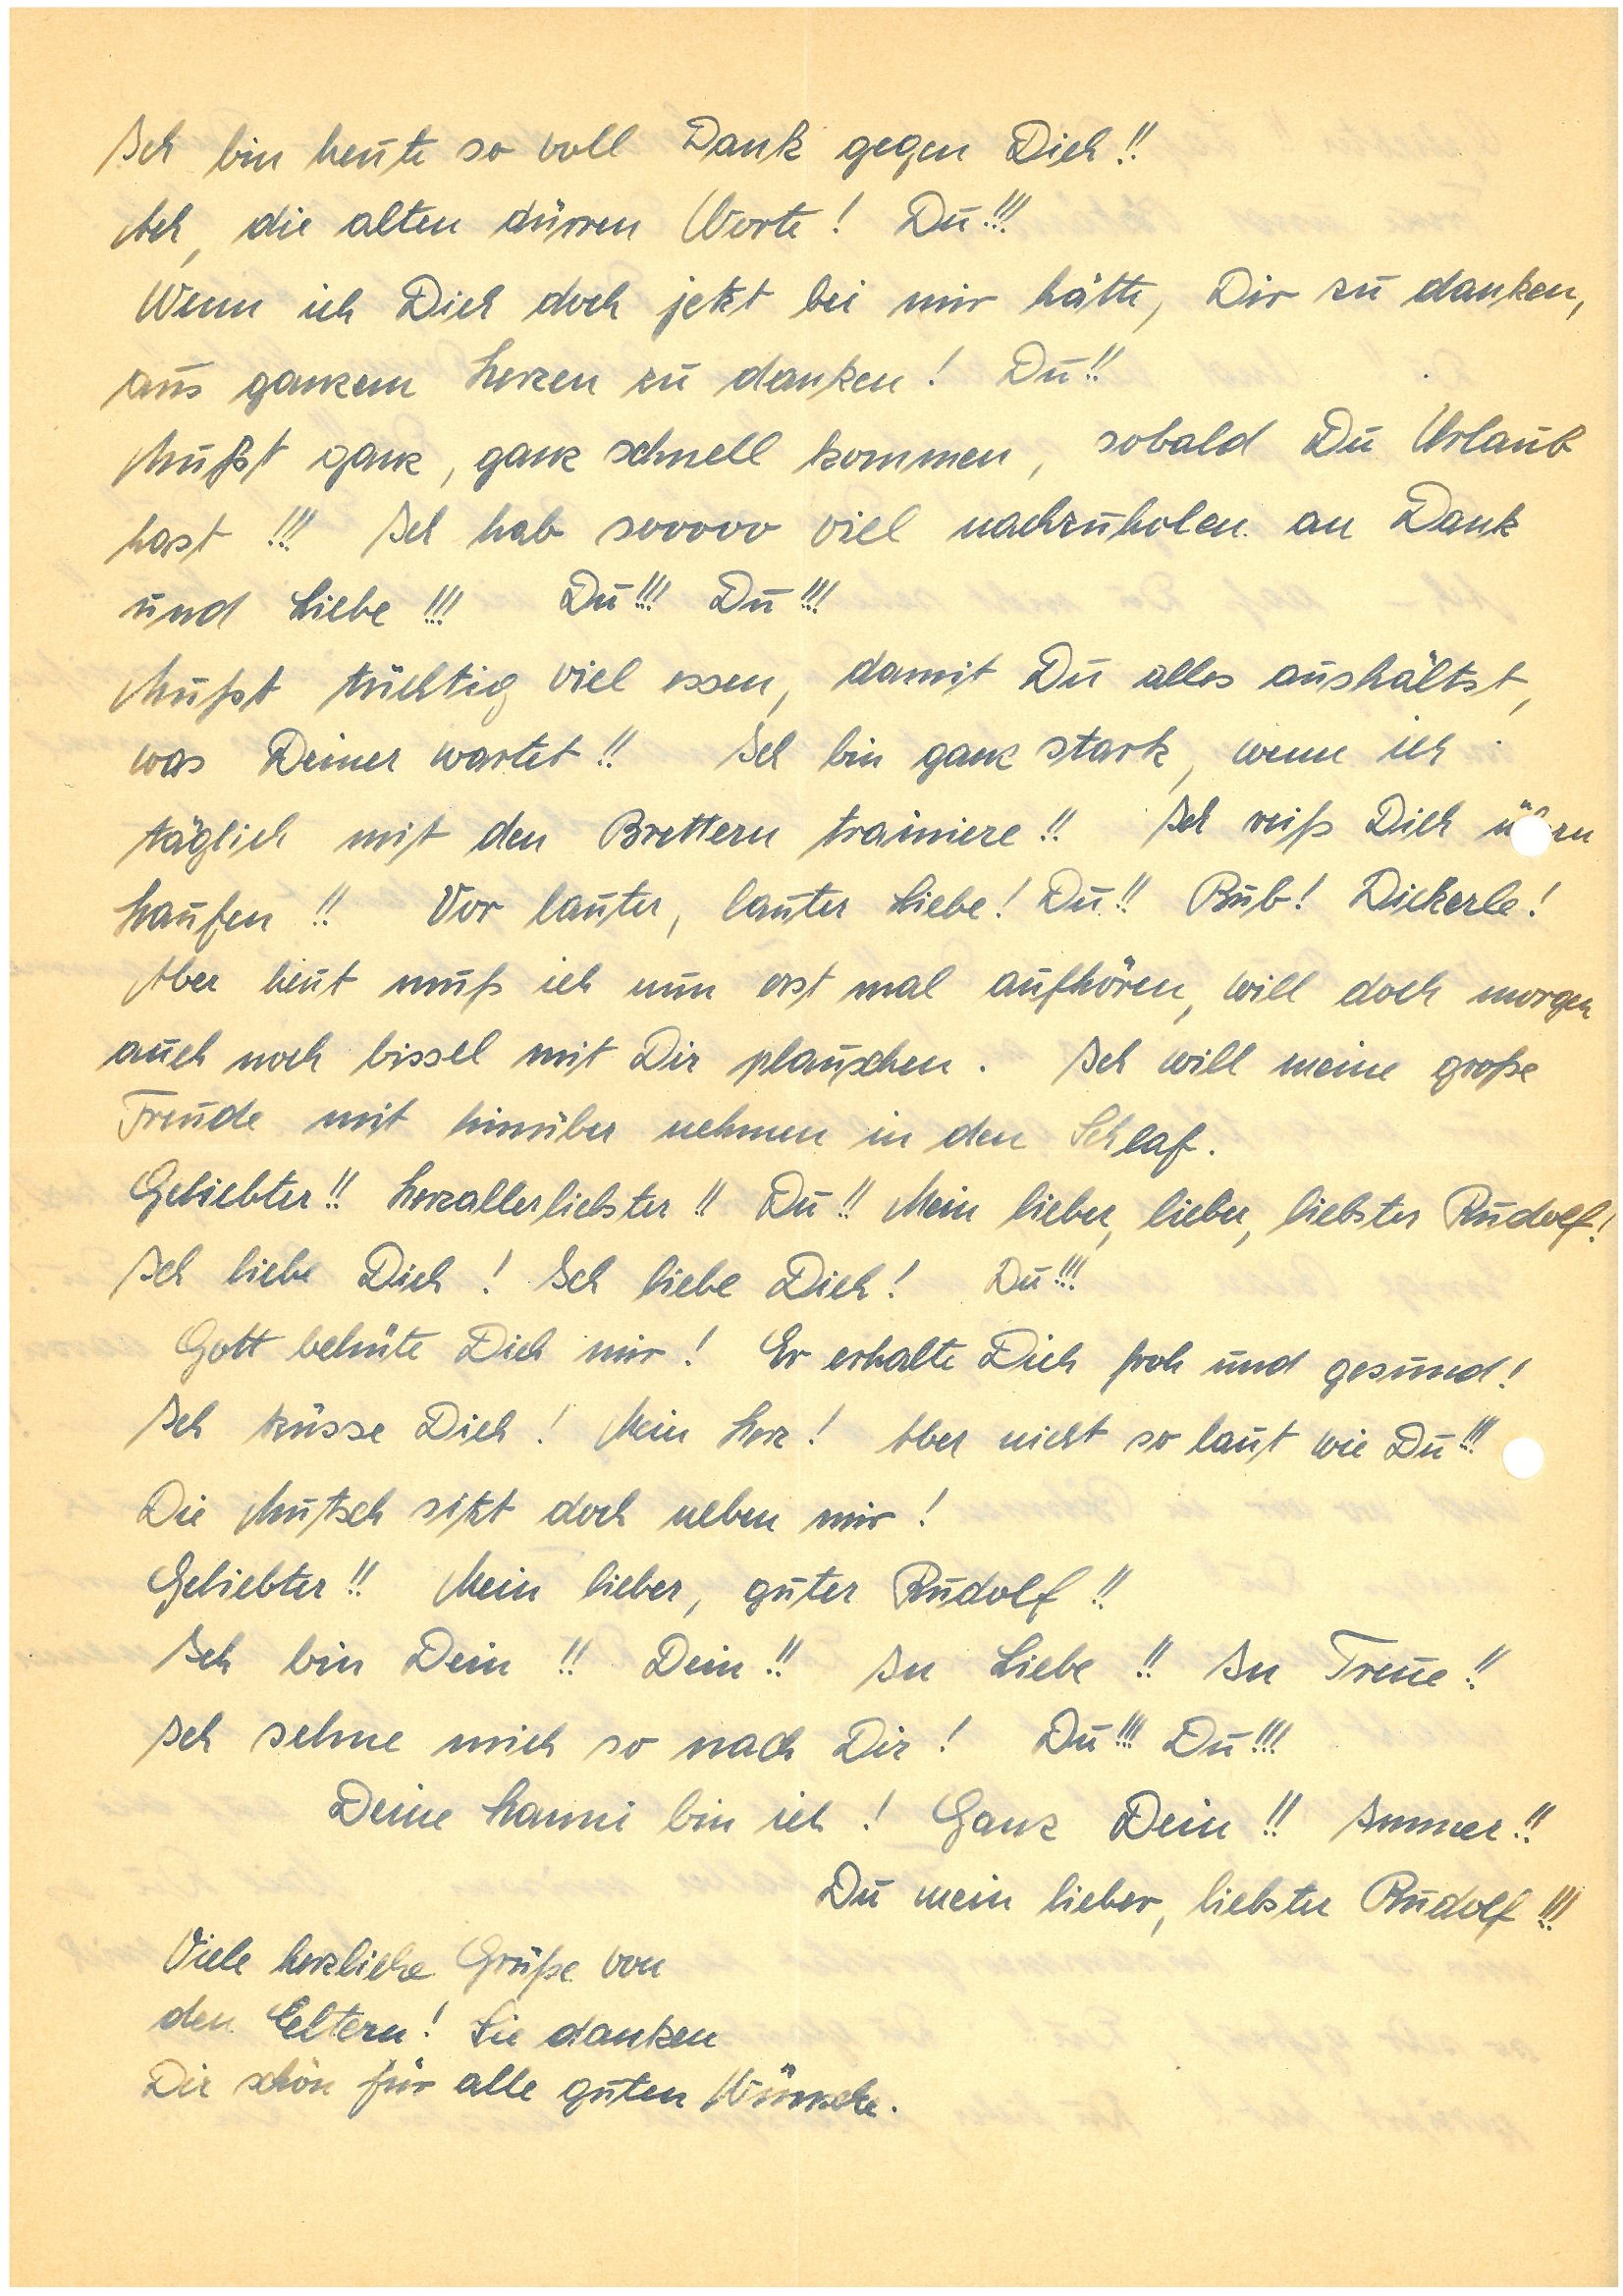
Ich bin heute so voll Dank gegen Dich!!
Ach, die alten dürren Worte! Du!!!
Wenn ich Dich doch jetzt bei mir hätte, Dir zu danken,
aus ganzem Herzen zu danken! Du!!
Mußt ganz, ganz schnell kommen, sobald Du Urlaub
hast!!! Ich habe sooooo viel nachzuholen an Dank
und Liebe!!! Du!!! Du!!!
Mußt tüchtig viel essen, damit Du alles aushältst,
was Deiner wartet!! Ich bin ganz stark, wenn ich
täglich mit den Brettern trainiere!! Ich reiß Dich ürn
Haufen!! Vor lauter, lauter Liebe! Du!! Bub! Dickerle!
Aber heut muß ich nun erst mal aufhören, will doch morgen
auch noch bissel mit Dir plauschen. Ich will meine große
Freude mit hinüber nehmen in den Schlaf.
Geliebter!! Herzallerliebster!! Du!! Mein lieber, lieber, liebster !
Ich liebe Dich! Ich liebe Dich! Du!!!
Gott behüte Dich mir! Er erhalte Dich froh und gesund!
Ich küsse Dich! Mein Herz! Aber nicht so laut wie Du!!!
Die Mutsch sitzt doch neben mir!
Geliebter!! Mein lieber, guter !!
Ich bin Dein!! Dein!! In Liebe!! In Treue!!
Ich sehne mich so nach Dir! Du!!! Du!!!
Deine bin ich! Ganz Dein!! Immer!!
Du mein lieber, liebster !!!
Viele herzliche Grüße von
den Eltern! Sie danken
Dir schön für alle guten Wünsche.